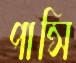
পান্সি